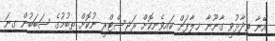
އޭނާ ވިދާޅުވީ ގާނޫނާ ޚިލާފަށް ކައިވެނިކޮށް ރަޖިސްޓްރީ ނުކޮށް ތިބުމުގެ ސަބަބުން ގިނަ